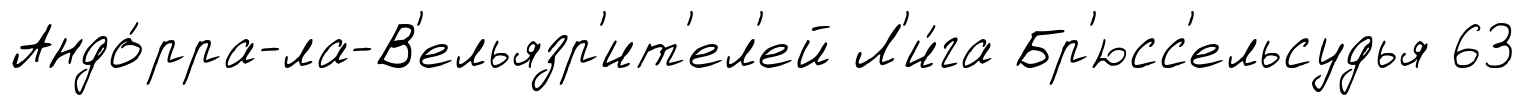
Андо́рра-ла-В'ельязр'ит'ел'ей Л'и́га Бр'юсс'ельсудья 63